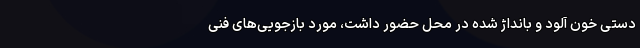
دستی خون آلود و بانداژ شده در محل حضور داشت، مورد بازجویی‌های فنی